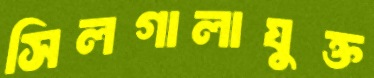
সিলগালাযুক্ত